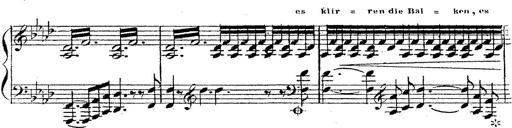
Title: 12 Lieder von Franz Schubert
Composer: Franz Liszt